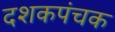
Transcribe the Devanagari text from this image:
दशकपंचक